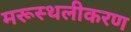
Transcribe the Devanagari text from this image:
मरूस्थलीकरण